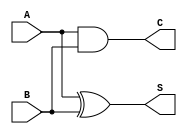
module half_adder(S,C,A,B);

input A,B;
output S,C;

xor comp1(S,A,B);
and comp2(C,A,B);

endmodule